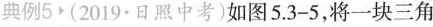
典例5 (2019·日照中考)如图5.3-5，将一块三角